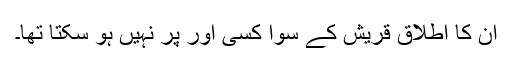
اِن کا اطلاق قریش کے سوا کسی اور پر نہیں ہو سکتا تھا۔